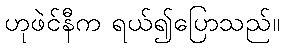
ဟုဖဲင်နီက ရယ်၍ပြောသည်။